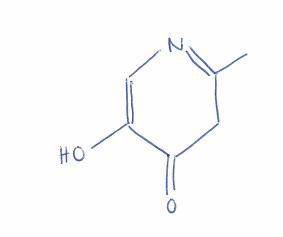
Simplified molecular-input line-entry system (SMILES) notation of the given molecule:
CC1=NC=C(C(=O)C1)O